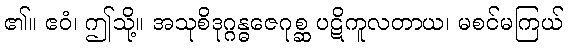
၏။ ဧဝံ၊ ဤသို့။ အသုစိဒုဂ္ဂန္ဓဇေဂုစ္ဆ ပဋိကူလတာယ၊ မစင်မကြယ်